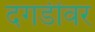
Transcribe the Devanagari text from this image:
दगडींवर